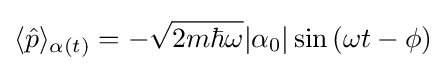
\langle {\hat {p}}\rangle _{\alpha (t)}=-{\sqrt {2m\hbar \omega }}|\alpha _{0}|\sin {(\omega t-\phi )}